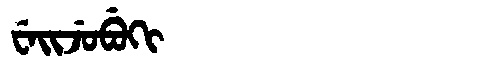
Manchu: ᠸᡝᡳᠵᡠᠪᡠᡴᡳ
Romanization: WEIJUBUKI